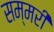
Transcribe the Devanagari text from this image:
सम्मरी